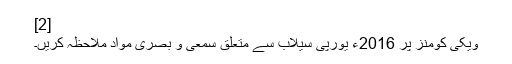
[2]
ویکی کومنز پر 2016ء یورپی سیلاب سے متعلق سمعی و بصری مواد ملاحظہ کریں۔